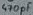
Text: 470µf